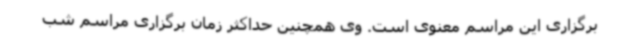
برگزاری این مراسم معنوی است. وی همچنین حداکثر زمان برگزاری مراسم شب